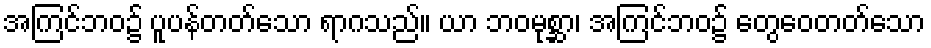
အကြင်ဘဝ၌ ပူပန်တတ်သော ရာဂသည်။ ယာ ဘဝမုစ္ဆာ၊ အကြင်ဘဝ၌ တွေဝေတတ်သော